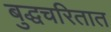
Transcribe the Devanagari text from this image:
बुद्धचरितात